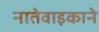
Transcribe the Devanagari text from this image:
नातेवाइकाने